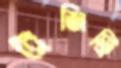
রেজিস্ট্রি